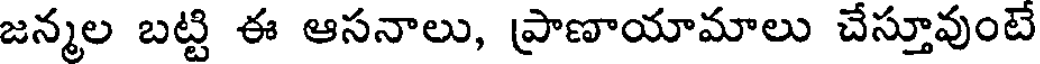
జన్మల బట్టి ఈ ఆసనాలు, ప్రాణాయామాలు చేస్తూవుంటె